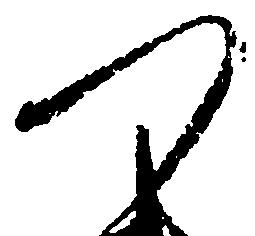
つ